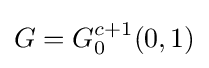
G=G_{0}^{c+1}(0,1)